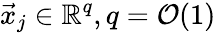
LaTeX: \vec{x}_{j}\in\mathbb{R}^{q},q=\mathcal{O}(1)